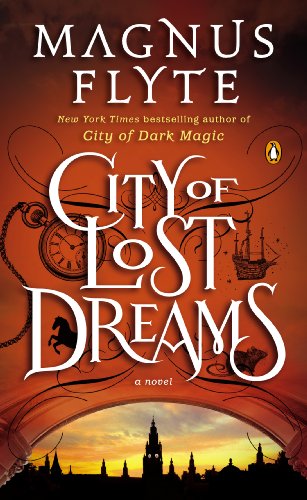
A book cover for City of Lost Dreams: A Novel; Magnus Flyte; Literature & Fiction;